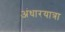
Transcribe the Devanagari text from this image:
अंधारयात्रा